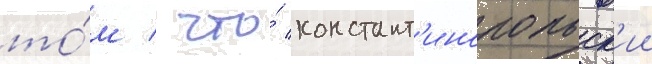
то́м / что́ констант'инопольск'ии